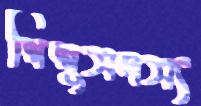
শিশুসদস্য